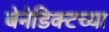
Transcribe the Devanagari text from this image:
बेनेडिक्टच्या